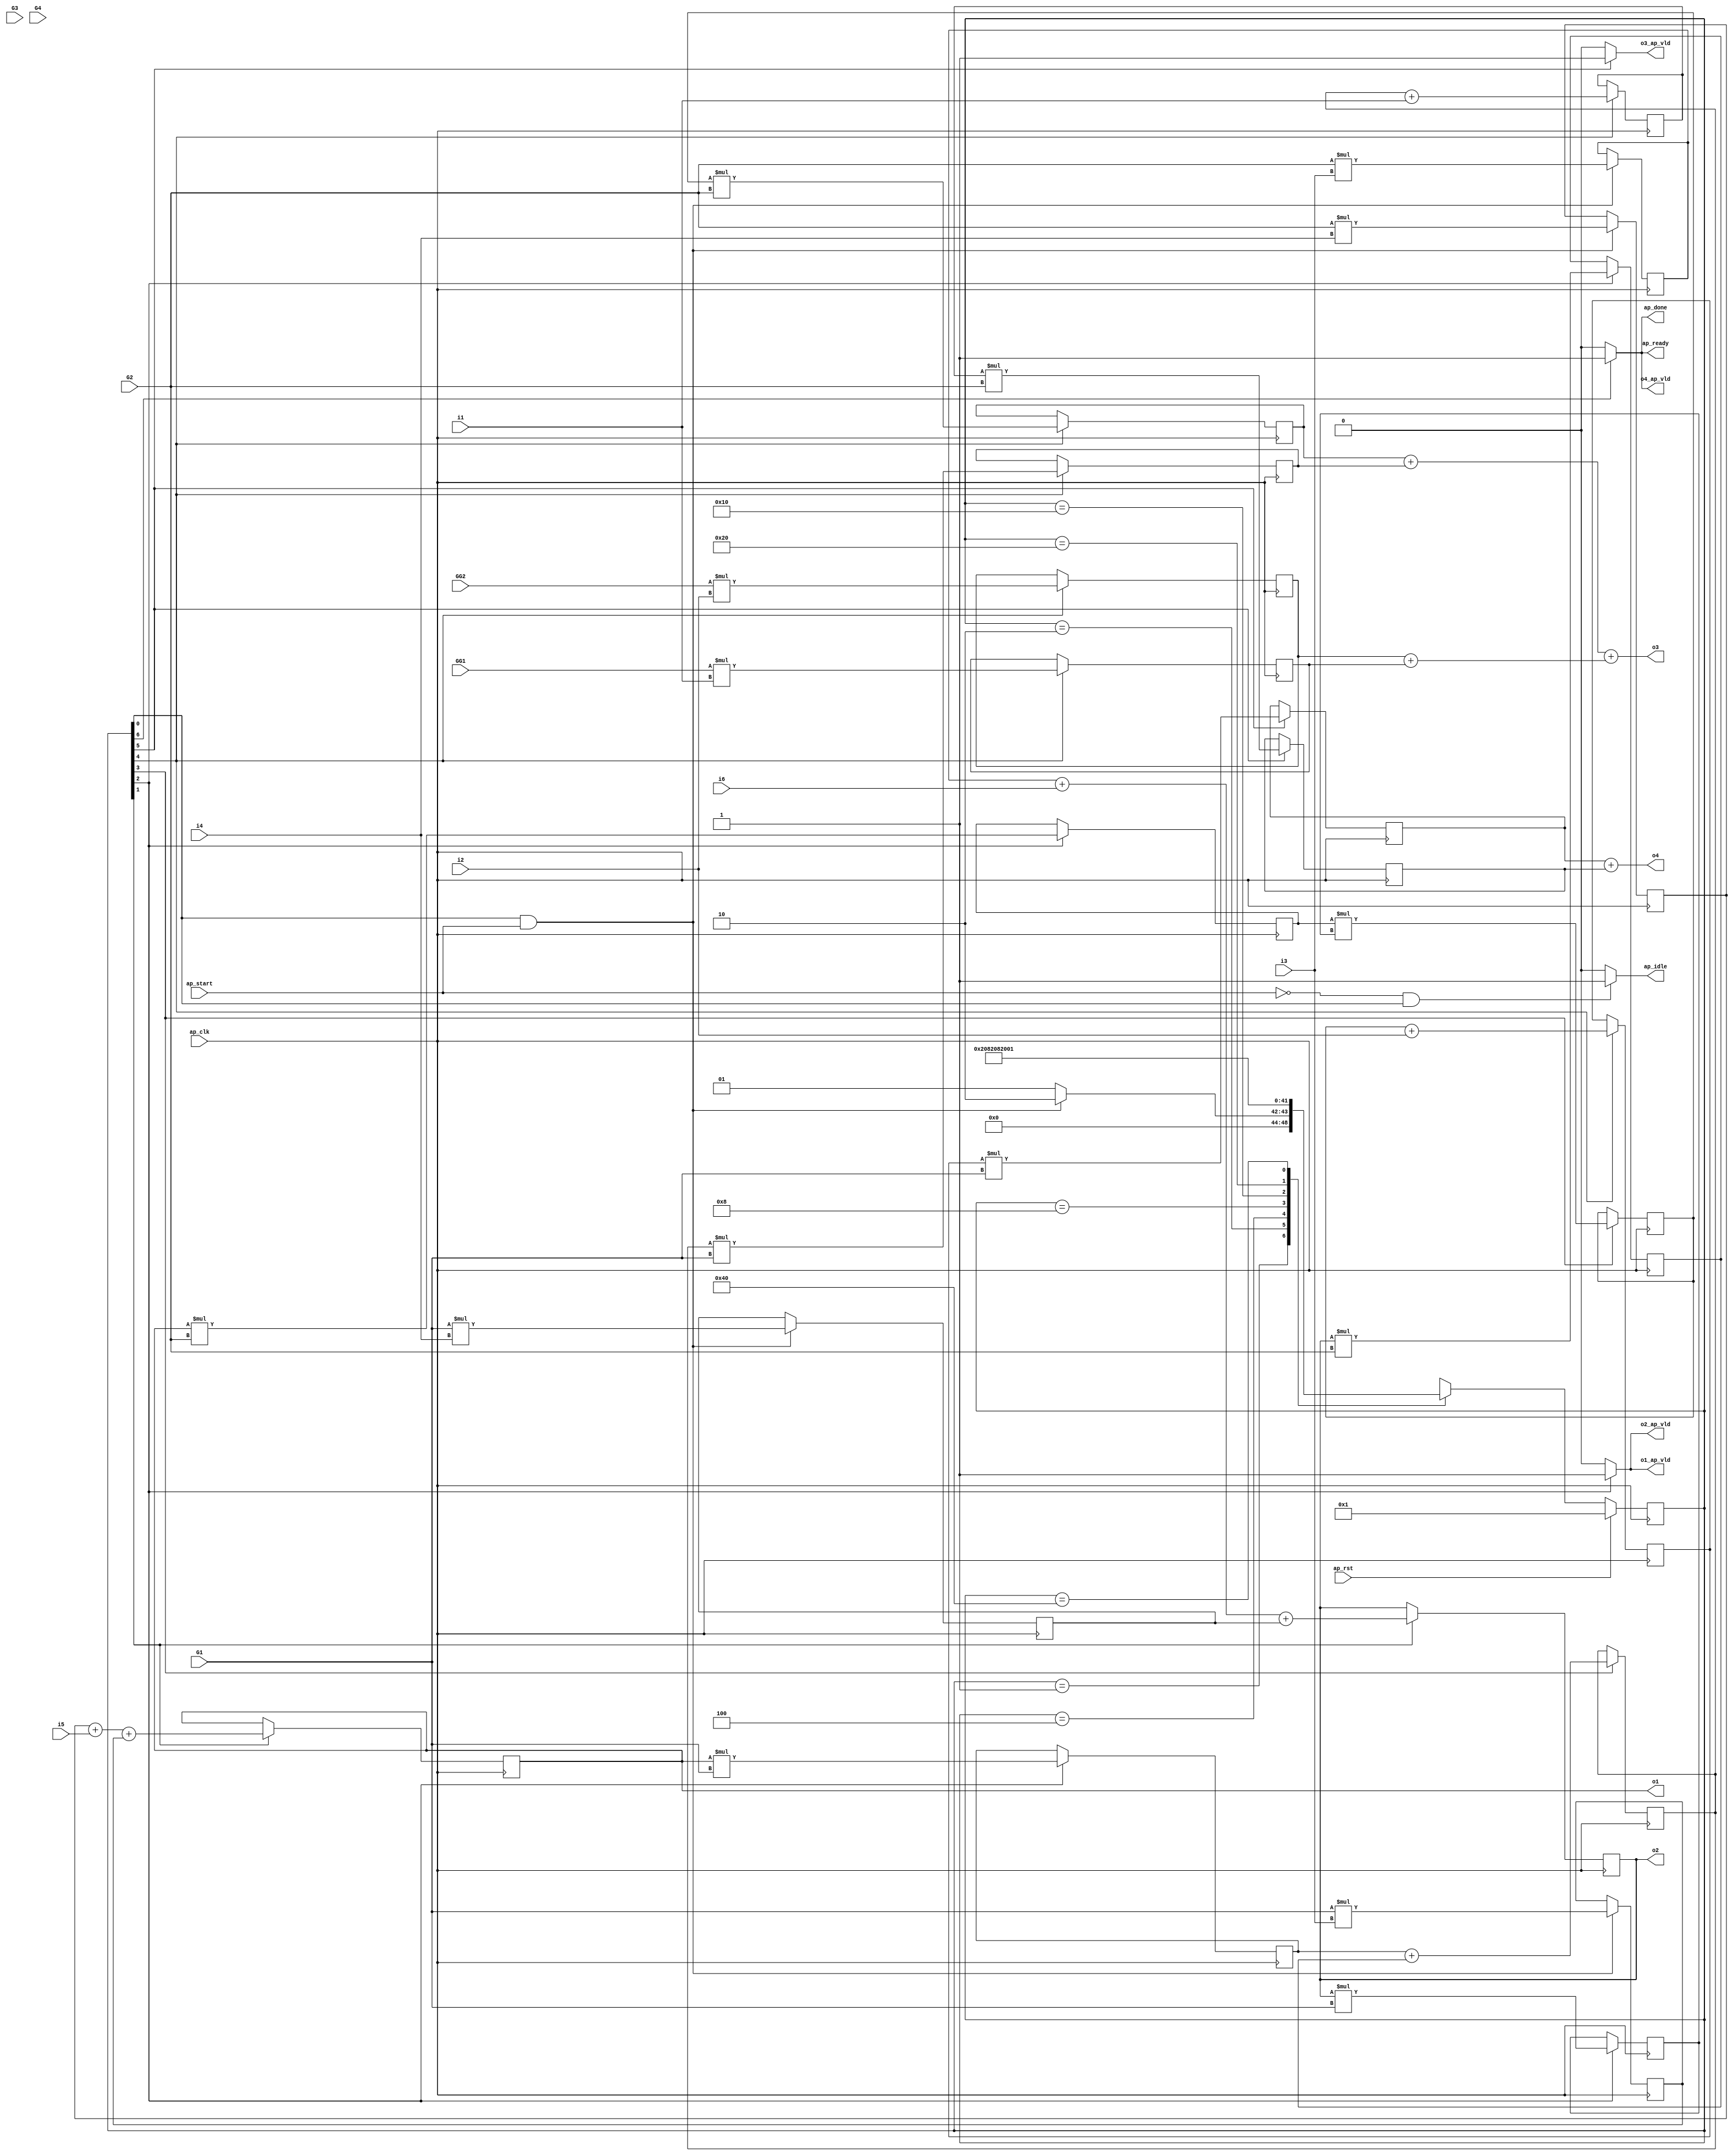
// ==============================================================
// RTL generated by Vivado(TM) HLS - High-Level Synthesis from C, C++ and SystemC
// Version: 2018.3
// Copyright (C) 1986-2018 Xilinx, Inc. All Rights Reserved.
// 
// ===========================================================

`timescale 1 ns / 1 ps 

(* CORE_GENERATION_INFO="hls_macc_nb,hls_ip_2018_3,{HLS_INPUT_TYPE=c,HLS_INPUT_FLOAT=0,HLS_INPUT_FIXED=0,HLS_INPUT_PART=xa7a12tcsg325-1q,HLS_INPUT_CLOCK=10.000000,HLS_INPUT_ARCH=others,HLS_SYN_CLOCK=8.470000,HLS_SYN_LAT=6,HLS_SYN_TPT=none,HLS_SYN_MEM=0,HLS_SYN_DSP=45,HLS_SYN_FF=647,HLS_SYN_LUT=743,HLS_VERSION=2018_3}" *)

module hls_macc_nb (
        ap_clk,
        ap_rst,
        ap_start,
        ap_done,
        ap_idle,
        ap_ready,
        i1,
        i2,
        i3,
        i4,
        i5,
        i6,
        o1,
        o1_ap_vld,
        o2,
        o2_ap_vld,
        o3,
        o3_ap_vld,
        o4,
        o4_ap_vld,
        G1,
        G2,
        G3,
        G4,
        GG1,
        GG2
);

parameter    ap_ST_fsm_state1 = 7'd1;
parameter    ap_ST_fsm_state2 = 7'd2;
parameter    ap_ST_fsm_state3 = 7'd4;
parameter    ap_ST_fsm_state4 = 7'd8;
parameter    ap_ST_fsm_state5 = 7'd16;
parameter    ap_ST_fsm_state6 = 7'd32;
parameter    ap_ST_fsm_state7 = 7'd64;

input   ap_clk;
input   ap_rst;
input   ap_start;
output   ap_done;
output   ap_idle;
output   ap_ready;
input  [31:0] i1;
input  [31:0] i2;
input  [31:0] i3;
input  [31:0] i4;
input  [31:0] i5;
input  [31:0] i6;
output  [31:0] o1;
output   o1_ap_vld;
output  [31:0] o2;
output   o2_ap_vld;
output  [31:0] o3;
output   o3_ap_vld;
output  [31:0] o4;
output   o4_ap_vld;
input  [31:0] G1;
input  [31:0] G2;
input  [31:0] G3;
input  [31:0] G4;
input  [31:0] GG1;
input  [31:0] GG2;

reg ap_done;
reg ap_idle;
reg ap_ready;
reg o1_ap_vld;
reg o2_ap_vld;
reg o3_ap_vld;
reg o4_ap_vld;

(* fsm_encoding = "none" *) reg   [6:0] ap_CS_fsm;
wire    ap_CS_fsm_state1;
wire   [31:0] op5_fu_130_p2;
reg   [31:0] op5_reg_272;
wire   [31:0] op6_fu_136_p2;
reg   [31:0] op6_reg_277;
wire   [31:0] op7_fu_142_p2;
reg   [31:0] op7_reg_282;
wire   [31:0] op8_fu_148_p2;
reg   [31:0] op8_reg_287;
wire  signed [31:0] op13_fu_159_p2;
reg  signed [31:0] op13_reg_292;
wire    ap_CS_fsm_state2;
wire  signed [31:0] op14_fu_169_p2;
reg  signed [31:0] op14_reg_299;
wire   [31:0] op17_fu_174_p2;
reg   [31:0] op17_reg_306;
wire    ap_CS_fsm_state3;
wire   [31:0] op18_fu_178_p2;
reg   [31:0] op18_reg_311;
wire  signed [31:0] tmp7_fu_182_p2;
reg  signed [31:0] tmp7_reg_316;
wire  signed [31:0] tmp8_fu_186_p2;
reg  signed [31:0] tmp8_reg_321;
wire  signed [31:0] op19_fu_190_p2;
reg  signed [31:0] op19_reg_326;
wire    ap_CS_fsm_state4;
wire  signed [31:0] op20_fu_194_p2;
reg  signed [31:0] op20_reg_332;
wire   [31:0] op1_fu_198_p2;
reg   [31:0] op1_reg_338;
wire    ap_CS_fsm_state5;
wire   [31:0] op2_fu_204_p2;
reg   [31:0] op2_reg_343;
wire   [31:0] op21_fu_210_p2;
reg   [31:0] op21_reg_348;
wire   [31:0] op22_fu_214_p2;
reg   [31:0] op22_reg_353;
wire  signed [31:0] tmp_fu_218_p2;
reg  signed [31:0] tmp_reg_358;
wire  signed [31:0] tmp2_fu_223_p2;
reg  signed [31:0] tmp2_reg_363;
wire   [31:0] tmp1_fu_243_p2;
reg   [31:0] tmp1_reg_368;
wire    ap_CS_fsm_state6;
wire   [31:0] tmp3_fu_247_p2;
reg   [31:0] tmp3_reg_373;
wire    ap_CS_fsm_state7;
wire  signed [31:0] op5_fu_130_p0;
wire  signed [31:0] op5_fu_130_p1;
wire  signed [31:0] op6_fu_136_p0;
wire  signed [31:0] op6_fu_136_p1;
wire  signed [31:0] op7_fu_142_p0;
wire  signed [31:0] op7_fu_142_p1;
wire  signed [31:0] op8_fu_148_p0;
wire  signed [31:0] op8_fu_148_p1;
wire   [31:0] tmp4_fu_154_p2;
wire   [31:0] tmp5_fu_164_p2;
wire  signed [31:0] op17_fu_174_p1;
wire  signed [31:0] op18_fu_178_p1;
wire  signed [31:0] tmp7_fu_182_p1;
wire  signed [31:0] tmp8_fu_186_p1;
wire  signed [31:0] op1_fu_198_p0;
wire  signed [31:0] op1_fu_198_p1;
wire  signed [31:0] op2_fu_204_p0;
wire  signed [31:0] op2_fu_204_p1;
wire  signed [31:0] op21_fu_210_p1;
wire  signed [31:0] op22_fu_214_p1;
wire  signed [31:0] tmp_fu_218_p1;
wire  signed [31:0] tmp2_fu_223_p1;
wire   [31:0] tmp6_fu_232_p2;
wire   [31:0] tmp9_fu_228_p2;
wire  signed [31:0] tmp1_fu_243_p1;
wire  signed [31:0] tmp3_fu_247_p1;
reg   [6:0] ap_NS_fsm;

// power-on initialization
initial begin
#0 ap_CS_fsm = 7'd1;
end

always @ (posedge ap_clk) begin
    if (ap_rst == 1'b1) begin
        ap_CS_fsm <= ap_ST_fsm_state1;
    end else begin
        ap_CS_fsm <= ap_NS_fsm;
    end
end

always @ (posedge ap_clk) begin
    if ((1'b1 == ap_CS_fsm_state2)) begin
        op13_reg_292 <= op13_fu_159_p2;
        op14_reg_299 <= op14_fu_169_p2;
    end
end

always @ (posedge ap_clk) begin
    if ((1'b1 == ap_CS_fsm_state3)) begin
        op17_reg_306 <= op17_fu_174_p2;
        op18_reg_311 <= op18_fu_178_p2;
        tmp7_reg_316 <= tmp7_fu_182_p2;
        tmp8_reg_321 <= tmp8_fu_186_p2;
    end
end

always @ (posedge ap_clk) begin
    if ((1'b1 == ap_CS_fsm_state4)) begin
        op19_reg_326 <= op19_fu_190_p2;
        op20_reg_332 <= op20_fu_194_p2;
    end
end

always @ (posedge ap_clk) begin
    if ((1'b1 == ap_CS_fsm_state5)) begin
        op1_reg_338 <= op1_fu_198_p2;
        op21_reg_348 <= op21_fu_210_p2;
        op22_reg_353 <= op22_fu_214_p2;
        op2_reg_343 <= op2_fu_204_p2;
        tmp2_reg_363 <= tmp2_fu_223_p2;
        tmp_reg_358 <= tmp_fu_218_p2;
    end
end

always @ (posedge ap_clk) begin
    if (((1'b1 == ap_CS_fsm_state1) & (ap_start == 1'b1))) begin
        op5_reg_272 <= op5_fu_130_p2;
        op6_reg_277 <= op6_fu_136_p2;
        op7_reg_282 <= op7_fu_142_p2;
        op8_reg_287 <= op8_fu_148_p2;
    end
end

always @ (posedge ap_clk) begin
    if ((1'b1 == ap_CS_fsm_state6)) begin
        tmp1_reg_368 <= tmp1_fu_243_p2;
        tmp3_reg_373 <= tmp3_fu_247_p2;
    end
end

always @ (*) begin
    if ((1'b1 == ap_CS_fsm_state7)) begin
        ap_done = 1'b1;
    end else begin
        ap_done = 1'b0;
    end
end

always @ (*) begin
    if (((ap_start == 1'b0) & (1'b1 == ap_CS_fsm_state1))) begin
        ap_idle = 1'b1;
    end else begin
        ap_idle = 1'b0;
    end
end

always @ (*) begin
    if ((1'b1 == ap_CS_fsm_state7)) begin
        ap_ready = 1'b1;
    end else begin
        ap_ready = 1'b0;
    end
end

always @ (*) begin
    if ((1'b1 == ap_CS_fsm_state3)) begin
        o1_ap_vld = 1'b1;
    end else begin
        o1_ap_vld = 1'b0;
    end
end

always @ (*) begin
    if ((1'b1 == ap_CS_fsm_state3)) begin
        o2_ap_vld = 1'b1;
    end else begin
        o2_ap_vld = 1'b0;
    end
end

always @ (*) begin
    if ((1'b1 == ap_CS_fsm_state6)) begin
        o3_ap_vld = 1'b1;
    end else begin
        o3_ap_vld = 1'b0;
    end
end

always @ (*) begin
    if ((1'b1 == ap_CS_fsm_state7)) begin
        o4_ap_vld = 1'b1;
    end else begin
        o4_ap_vld = 1'b0;
    end
end

always @ (*) begin
    case (ap_CS_fsm)
        ap_ST_fsm_state1 : begin
            if (((1'b1 == ap_CS_fsm_state1) & (ap_start == 1'b1))) begin
                ap_NS_fsm = ap_ST_fsm_state2;
            end else begin
                ap_NS_fsm = ap_ST_fsm_state1;
            end
        end
        ap_ST_fsm_state2 : begin
            ap_NS_fsm = ap_ST_fsm_state3;
        end
        ap_ST_fsm_state3 : begin
            ap_NS_fsm = ap_ST_fsm_state4;
        end
        ap_ST_fsm_state4 : begin
            ap_NS_fsm = ap_ST_fsm_state5;
        end
        ap_ST_fsm_state5 : begin
            ap_NS_fsm = ap_ST_fsm_state6;
        end
        ap_ST_fsm_state6 : begin
            ap_NS_fsm = ap_ST_fsm_state7;
        end
        ap_ST_fsm_state7 : begin
            ap_NS_fsm = ap_ST_fsm_state1;
        end
        default : begin
            ap_NS_fsm = 'bx;
        end
    endcase
end

assign ap_CS_fsm_state1 = ap_CS_fsm[32'd0];

assign ap_CS_fsm_state2 = ap_CS_fsm[32'd1];

assign ap_CS_fsm_state3 = ap_CS_fsm[32'd2];

assign ap_CS_fsm_state4 = ap_CS_fsm[32'd3];

assign ap_CS_fsm_state5 = ap_CS_fsm[32'd4];

assign ap_CS_fsm_state6 = ap_CS_fsm[32'd5];

assign ap_CS_fsm_state7 = ap_CS_fsm[32'd6];

assign o1 = op13_reg_292;

assign o2 = op14_reg_299;

assign o3 = (tmp6_fu_232_p2 + tmp9_fu_228_p2);

assign o4 = (tmp3_reg_373 + tmp1_reg_368);

assign op13_fu_159_p2 = (tmp4_fu_154_p2 + op5_reg_272);

assign op14_fu_169_p2 = (tmp5_fu_164_p2 + op7_reg_282);

assign op17_fu_174_p1 = G1;

assign op17_fu_174_p2 = ($signed(op13_reg_292) * $signed(op17_fu_174_p1));

assign op18_fu_178_p1 = G2;

assign op18_fu_178_p2 = ($signed(op14_reg_299) * $signed(op18_fu_178_p1));

assign op19_fu_190_p2 = ($signed(tmp8_reg_321) * $signed(tmp7_reg_316));

assign op1_fu_198_p0 = GG1;

assign op1_fu_198_p1 = i1;

assign op1_fu_198_p2 = ($signed(op1_fu_198_p0) * $signed(op1_fu_198_p1));

assign op20_fu_194_p2 = (op17_reg_306 + op18_reg_311);

assign op21_fu_210_p1 = G1;

assign op21_fu_210_p2 = ($signed(op20_reg_332) * $signed(op21_fu_210_p1));

assign op22_fu_214_p1 = G2;

assign op22_fu_214_p2 = ($signed(op19_reg_326) * $signed(op22_fu_214_p1));

assign op2_fu_204_p0 = GG2;

assign op2_fu_204_p1 = i2;

assign op2_fu_204_p2 = ($signed(op2_fu_204_p0) * $signed(op2_fu_204_p1));

assign op5_fu_130_p0 = G1;

assign op5_fu_130_p1 = i3;

assign op5_fu_130_p2 = ($signed(op5_fu_130_p0) * $signed(op5_fu_130_p1));

assign op6_fu_136_p0 = G2;

assign op6_fu_136_p1 = i4;

assign op6_fu_136_p2 = ($signed(op6_fu_136_p0) * $signed(op6_fu_136_p1));

assign op7_fu_142_p0 = G1;

assign op7_fu_142_p1 = i4;

assign op7_fu_142_p2 = ($signed(op7_fu_142_p0) * $signed(op7_fu_142_p1));

assign op8_fu_148_p0 = G2;

assign op8_fu_148_p1 = i3;

assign op8_fu_148_p2 = ($signed(op8_fu_148_p0) * $signed(op8_fu_148_p1));

assign tmp1_fu_243_p1 = G2;

assign tmp1_fu_243_p2 = ($signed(tmp_reg_358) * $signed(tmp1_fu_243_p1));

assign tmp2_fu_223_p1 = i2;

assign tmp2_fu_223_p2 = ($signed(op19_reg_326) + $signed(tmp2_fu_223_p1));

assign tmp3_fu_247_p1 = G1;

assign tmp3_fu_247_p2 = ($signed(tmp2_reg_363) * $signed(tmp3_fu_247_p1));

assign tmp4_fu_154_p2 = (op6_reg_277 + i5);

assign tmp5_fu_164_p2 = (op8_reg_287 + i6);

assign tmp6_fu_232_p2 = (op22_reg_353 + op21_reg_348);

assign tmp7_fu_182_p1 = G1;

assign tmp7_fu_182_p2 = ($signed(op14_reg_299) * $signed(tmp7_fu_182_p1));

assign tmp8_fu_186_p1 = G2;

assign tmp8_fu_186_p2 = ($signed(op13_reg_292) * $signed(tmp8_fu_186_p1));

assign tmp9_fu_228_p2 = (op2_reg_343 + op1_reg_338);

assign tmp_fu_218_p1 = i1;

assign tmp_fu_218_p2 = ($signed(op20_reg_332) + $signed(tmp_fu_218_p1));

endmodule //hls_macc_nb